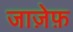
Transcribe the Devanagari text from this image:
जाज़ेफ़